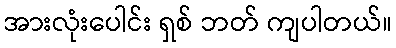
အားလုံးပေါင်း ရှစ် ဘတ် ကျပါတယ်။